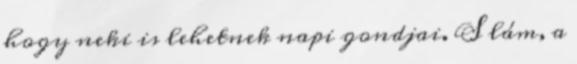
hogy neki is lehetnek napi gondjai. S lám, a